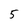
Character: 5